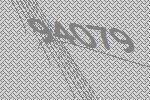
94079